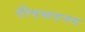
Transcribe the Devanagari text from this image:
टीएसएनए